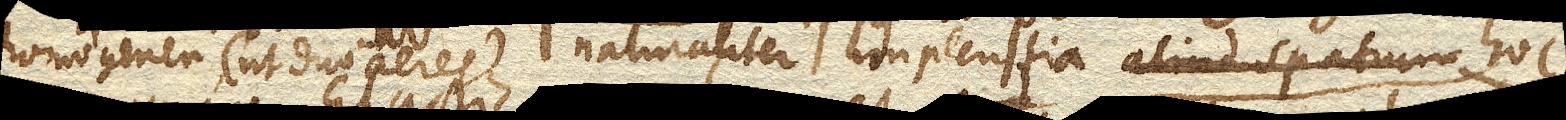
homogenea (ut duo aeres) naturaliter implentia aliud spatium hoc